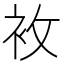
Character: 𧘶